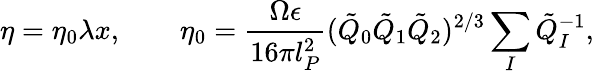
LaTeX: \eta=\eta_{0}\lambda x,\qquad\eta_{0}=\frac{\Omega\epsilon}{16\pi l_{P}^{2}}(\tilde{Q}_{0}\tilde{Q}_{1}\tilde{Q}_{2})^{2/3}\sum_{I}\tilde{Q}_{I}^{-1},